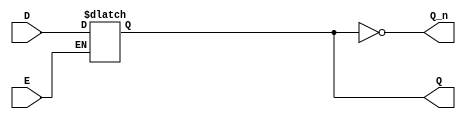
module async_gated_latch (
    input wire D,   // Data Input
    input wire E,   // Enable Signal
    output reg Q,   // Output
    output wire Q_n // Complementary Output
);

// Complementary output
assign Q_n = ~Q;

// Always block triggered on changes in D or E
always @(*) begin
    if (E) begin
        Q = D;  // Capture the data input when Enable is active
    end
    // If E is low, Q retains its previous value (this is implicit in a latch)
end

endmodule